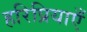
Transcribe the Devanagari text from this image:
हरिप्रियाएँ